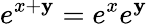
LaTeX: e^{x+\mathbf{y}}=e^{x}e^{\mathbf{y}}